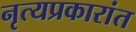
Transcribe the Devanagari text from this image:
नृत्यप्रकारांत